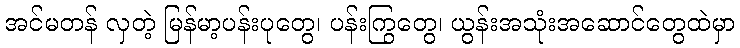
အင်မတန် လှတဲ့ မြန်မာ့ပန်းပုတွေ၊ ပန်းကြွတွေ၊ ယွန်းအသုံးအဆောင်တွေထဲမှာ